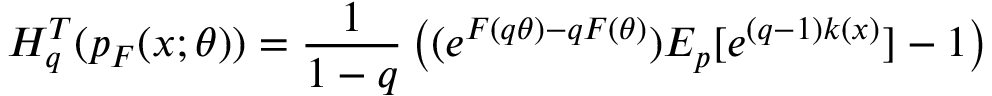
H _ { q } ^ { T } ( p _ { F } ( x ; \theta ) ) = { \frac { 1 } { 1 - q } } \left( ( e ^ { F ( q \theta ) - q F ( \theta ) } ) E _ { p } [ e ^ { ( q - 1 ) k ( x ) } ] - 1 \right)